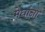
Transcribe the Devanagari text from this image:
मेघांना